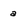
Character: a